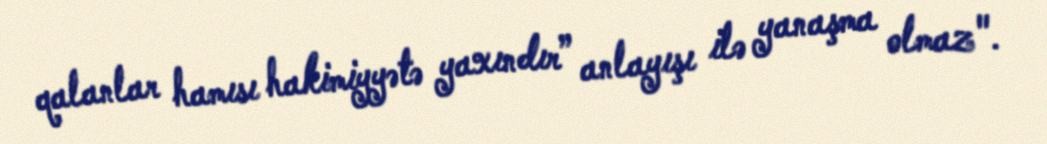
qalanlar hamısı hakimiyyətə yaxındır” anlayışı ilə yanaşma olmaz".